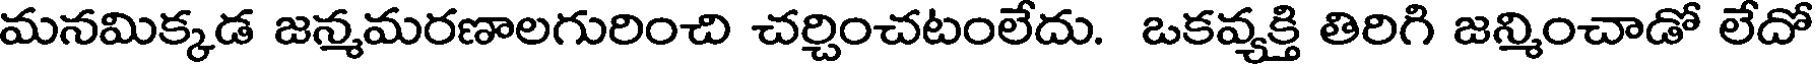
మనమిక్కడ జన్మమరణాలగురించి చర్చించటంలేదు. ఒకవ్యక్తి తిరిగి జన్మించాడో లేదో